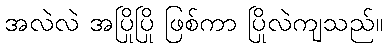
အလဲလဲ အပြိုပြို ဖြစ်ကာ ပြိုလဲကျသည်။